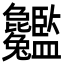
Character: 𦣸